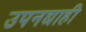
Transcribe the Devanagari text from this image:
उपनद्याही